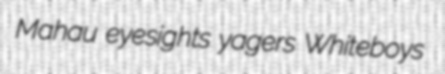
Mahau eyesights yagers Whiteboys